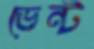
ভেন্ট